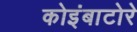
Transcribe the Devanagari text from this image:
कोइंबाटोरे